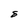
Character: 8